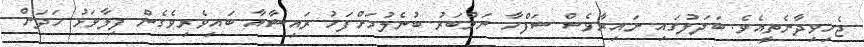
ޖެހިވިދާނެތީއެވެ. ބަދަލުގައި ނައިރާވެސް ސަފްހާ ނަމްބަރު ބުނެލުމަށްފަހު ރައިޝާއާ ބައިވެރިވެގެން ފިލާވަޅު ހަދަން